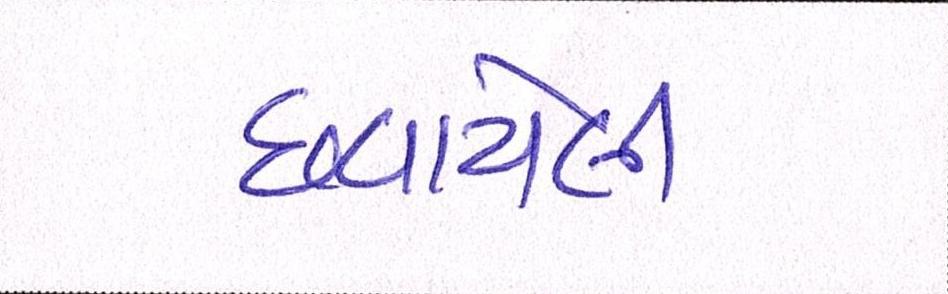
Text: છવાયેલી